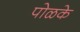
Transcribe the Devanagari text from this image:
पोळके